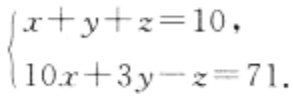
$\begin{cases}

x + y + z = 10,\\

10x + 3y - z = 71.

\end{cases}$